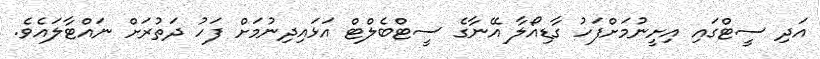
އަދި ސީޓްގައި އިށީނުމަށްފަހު ގާޑިއޯލާ އޭނާގެ ސީޓްބެލްޓް އަޅައިދިނުމަށް ފަހު ދަތުރަށް ނައްޓާލައެވެ.